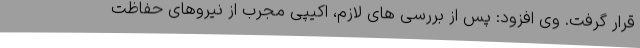
قرار گرفت. وی افزود: پس از بررسی های لازم، اکیپی مجرب از نیروهای حفاظت